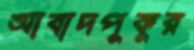
আবাদপুকুর